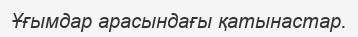
Ұғымдар арасындағы қатынастар.